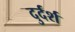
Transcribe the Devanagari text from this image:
दुर्दर्श